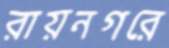
রায়নগরে